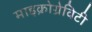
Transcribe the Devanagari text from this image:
माइक्रोग्रेविटी